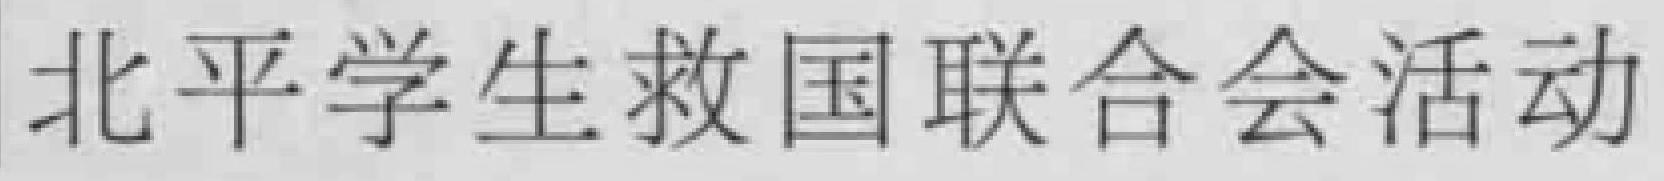
北平学生救国联合会活动